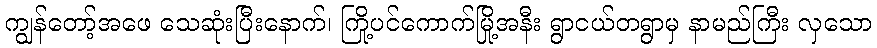
ကျွန်တော့်အဖေ သေဆုံးပြီးနောက်၊ ကြို့ပင်ကောက်မြို့အနီး ရွာငယ်တရွာမှ နာမည်ကြီး လှသော